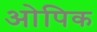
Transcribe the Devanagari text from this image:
ओपिक